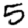
Digit: 5